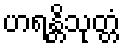
ဟရန္တိသုတ္တံ